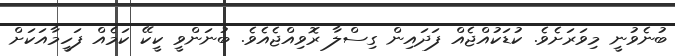
ބުނެވުނީ މިވަރަށެވެ. ކުޑަކުއްޖެއް ފަދައިން ގިސްލާ ރޮވިއްޖެއެވެ. ބުނަންވީ ކީކޭ ކަމެއް ފަހީމާއަކަށް